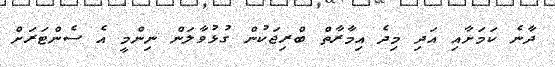
ދާނެ ކަމަށާއި އަދި މިދެ އިމާރާތް ބްރިޖަކުން ގުޅުވާލަން ނިންމީ އެ ސެންޓަރަށް